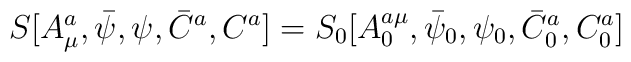
S[A_\mu ^a,\bar \psi ,\psi ,\bar C^a,C^a]=S_0[A_0^{a\mu },\bar \psi _0,\psi_0,\bar C_0^a,C_0^a]